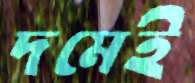
দমেই